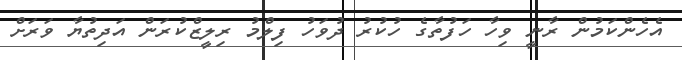
އެހެންކަމުން ރާނީ ވިހާ ހަފުތާގެ ހުކުރު ދުވަހު ފިލްމު ރިލީޒްކުރަން އަދިތުޔާ ވަރަށް